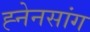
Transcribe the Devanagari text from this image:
ह्नेनसांग